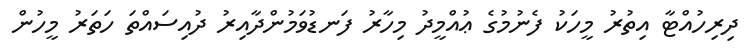
ދިރިހުއްޓާ އިތުރު މީހަކު ފެނުމުގެ ޢުއްމީދު މިހާރު ފަނޑުވަމުންދާއިރު ދުއިސައްތަ ހަތަރު މީހުން